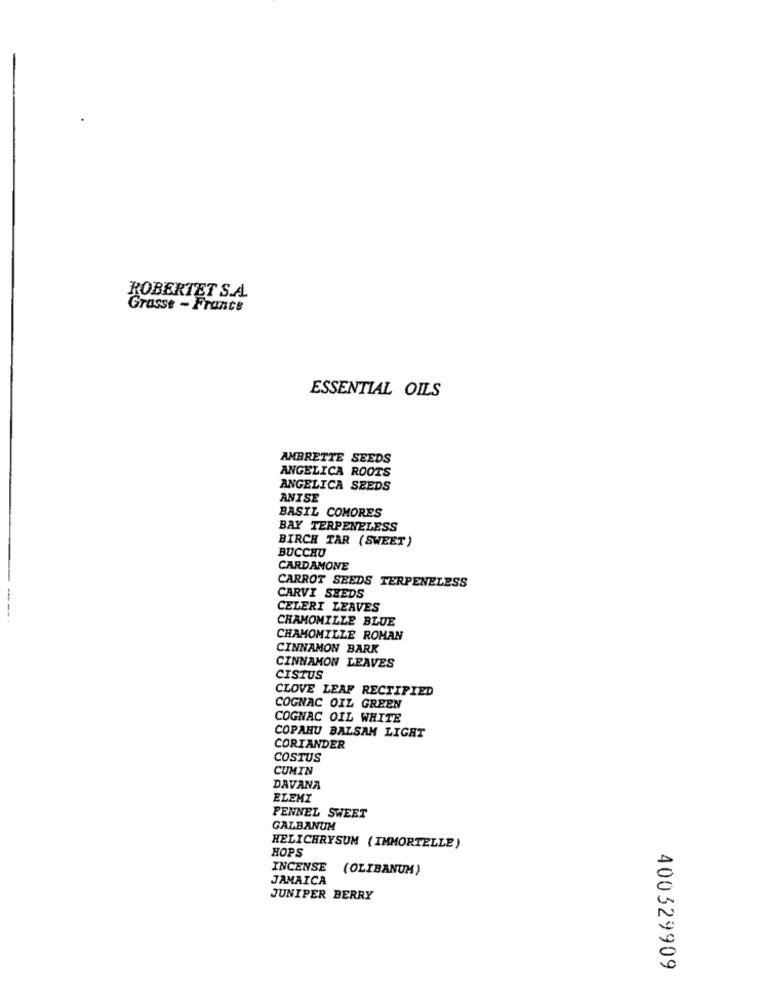
ROBERTET S.A.
Grasse - France
ESSENTIAL OILS
AMBRETTE SEEDS
ANGELICA ROOTS
ANGELICA SEEDS
ANISE
BASIL COMORES
BAY TERPENELESS
BIRCH TAR (SWEET)
BUCCHU
CARDAMONE
CARROT SEEDS TERPENELESS
CARVI SEEDS
CELERI LEAVES
---
CHAMOMILLE BLUE
CHAMOMILLE ROMAN
CINNAMON BARK
CINNAMON LEAVES
CISTUS
CLOVE LEAF RECTIFIED
COGNAC OIL GREEN
COGNAC OIL WHITE
COPAHU BALSAM LIGHT
CORIANDER
COSTUS
CUMIN
DAVANA
ELEMI
FENNEL SWEET
GALBANUM
HOPS
HELICHRYSUM ( IMMORTELLE)
INCENSE
(OLIBANUM )
JAMAICA
JUNIPER BERRY
400329909